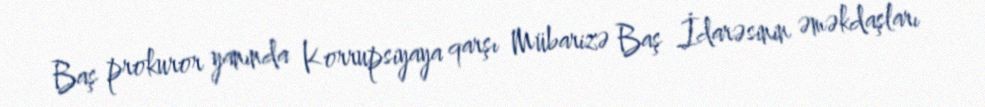
Baş prokuror yanında Korrupsiyaya qarşı Mübarizə Baş İdarəsinin əməkdaşları